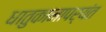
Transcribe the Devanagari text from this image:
धातुकामापर्यंत